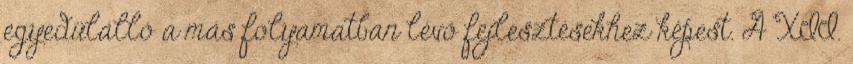
egyedülálló a más folyamatban lévő fejlesztésekhez képest. A XII.